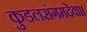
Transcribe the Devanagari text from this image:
कुडलसंगमदेवा।।